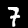
Digit: 7